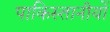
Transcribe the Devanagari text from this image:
पाकिस्तानीयों